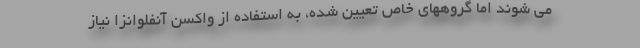
می شوند اما گروههای خاص تعیین شده، به استفاده از واکسن آنفلوانزا نیاز